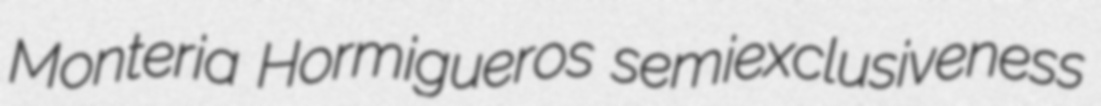
Monteria Hormigueros semiexclusiveness